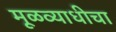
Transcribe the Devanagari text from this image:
मूळव्याधीचा